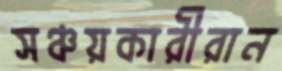
সঞ্চয়কারীরান